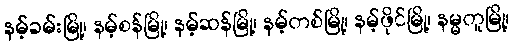
နမ့်ခမ်းမြို့၊ နမ့်စန်မြို့၊ နမ့်ဆန်မြို့၊ နမ့်တစ်မြို့၊ နမ့်ဖိုင်မြို့၊ နမ္မတူမြို့၊